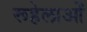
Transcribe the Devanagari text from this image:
रूहेलाओं